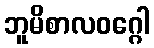
ဘူမိစာလဝဂ္ဂေါ